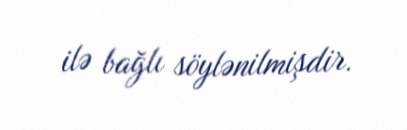
ilə bağlı söylənilmişdir.